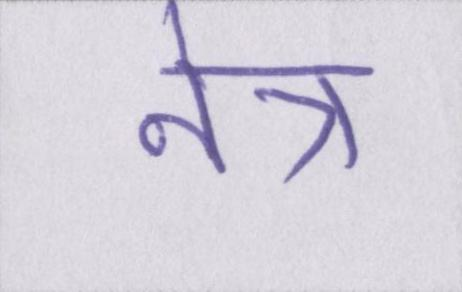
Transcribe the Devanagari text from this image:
नेत्र